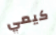
كيمي